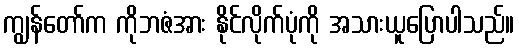
ကျွန်တော်က ကိုဘဇံအား နိုင်လိုက်ပုံကို အသားယူပြောပါသည်။